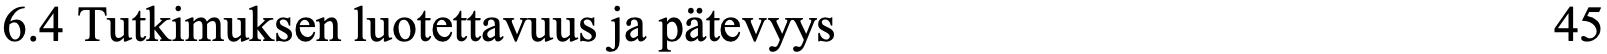
6.4 Tutkimuksen luotettavuus ja pätevyys            45